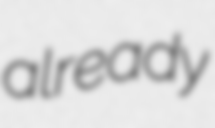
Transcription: already